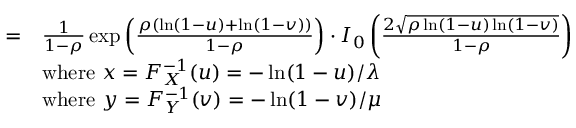
{ \begin{array} { r l } { = } & { { \frac { 1 } { 1 - \rho } } \exp \left( { \frac { \rho ( \ln ( 1 - u ) + \ln ( 1 - v ) ) } { 1 - \rho } } \right) \cdot I _ { 0 } \left( { \frac { 2 { \sqrt { \rho \ln ( 1 - u ) \ln ( 1 - v ) } } } { 1 - \rho } } \right) } \\ & { { \mathrm { w h e r e ~ } } x = F _ { X } ^ { - 1 } ( u ) = - \ln ( 1 - u ) / \lambda } \\ & { { \mathrm { w h e r e ~ } } y = F _ { Y } ^ { - 1 } ( v ) = - \ln ( 1 - v ) / \mu } \end{array} }